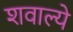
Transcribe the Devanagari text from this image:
शवाल्ये